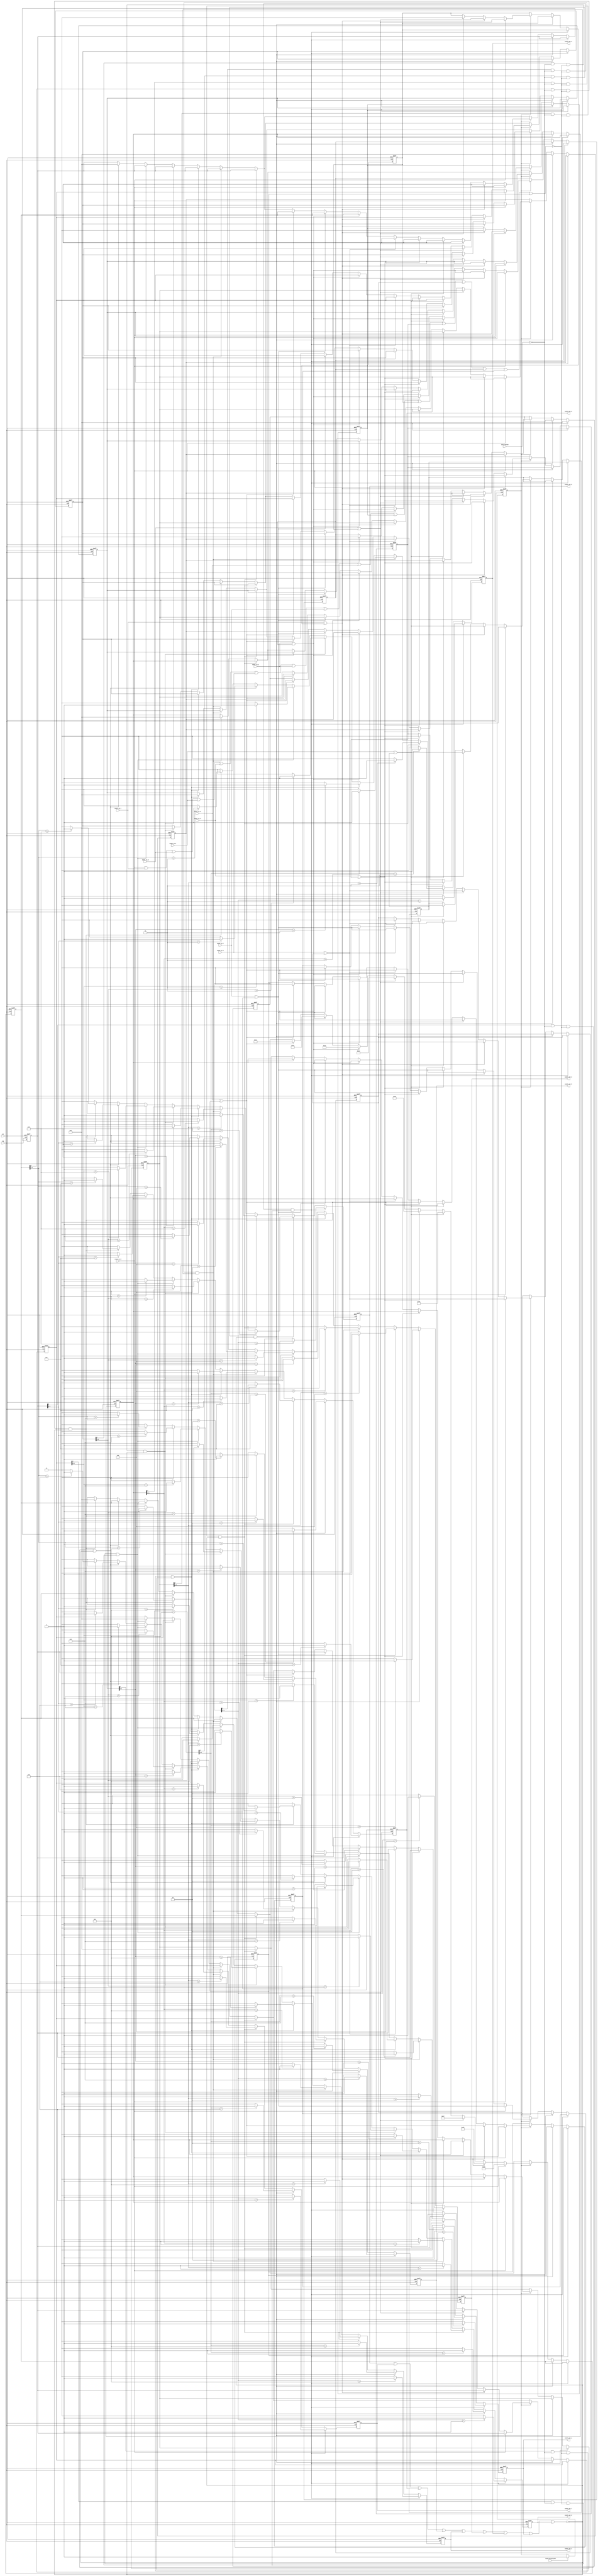
`timescale 1 ps / 1 ps
module arbitor ( 
    input               clk                 , // 156.25M
    input               rst                 , // 
    input               link_initialized    , // 
    input               iotx_tvalid         , // 
    input               event_in_0          , // Lowest priority
    input               event_in_1          , // 
    input               event_in_2          , // 
    input               event_in_3          , // 
    input               event_in_4          , // 
    input               event_in_5          , // 
    input               event_in_6          , // 
    input               event_in_7          , // 
    input               event_in_8          , // Highest priority
    output reg          event_out_0         , // Lowest priority
    output reg          event_out_1         , // 
    output reg          event_out_2         , // 
    output reg          event_out_3         , // 
    output reg          event_out_4         , // 
    output reg          event_out_5         , // 
    output reg          event_out_6         , // 
    output reg          event_out_7         , // 
    output reg          event_out_8           // Highest priority
);
    reg         [04:00] fifo[8:0]           ;
    reg                 evt_flag0           ;
    reg                 evt_flag1           ;
    reg                 evt_flag2           ;
    reg                 evt_flag3           ;
    reg                 evt_flag4           ;
    reg                 evt_flag5           ;
    reg                 evt_flag6           ;
    reg                 evt_flag7           ;

    wire                no_evt_out          ;
    wire                no_evt              ;
    reg         [30:00] cnt_1s              ;
    reg                 ready_dly           ;

    assign no_evt_out = ~(event_out_8|event_out_7|event_out_6|event_out_5|event_out_4|event_out_3|event_out_2|event_out_1|event_out_0);
    assign no_evt     = ~(event_in_8|event_in_7|event_in_6|event_in_5|event_in_4|event_in_3|event_in_2|event_in_1|event_in_0
                         |evt_flag7|evt_flag6|evt_flag4|evt_flag3|evt_flag2|evt_flag1|evt_flag0);
    
    always @(posedge clk or posedge rst ) begin
        if ( rst ) begin
            cnt_1s    <= 0;
            ready_dly <= 0;
        end else begin
            cnt_1s <= 0;
            if(link_initialized) begin
                cnt_1s <= cnt_1s + 1;
                // if(cnt_1s == 156250000 - 1) begin
                    ready_dly <= 1;
                // end
            end
        end
    end 

    always@(posedge clk or posedge rst ) begin
        if(rst ) begin
            fifo[0]   <= 0;
            fifo[1]   <= 0;
            fifo[2]   <= 0;
            fifo[3]   <= 0;
            fifo[4]   <= 0;
            fifo[5]   <= 0;
            fifo[6]   <= 0;
            fifo[7]   <= 0;
            fifo[8]   <= 0;
            evt_flag0 <= 0;
            evt_flag1 <= 0;
            evt_flag2 <= 0;
            evt_flag3 <= 0;
            evt_flag4 <= 0;
            evt_flag5 <= 0;
            evt_flag6 <= 0;
            evt_flag7 <= 0;
            event_out_0  <= 0;
            event_out_1  <= 0;
            event_out_2  <= 0;
            event_out_3  <= 0;
            event_out_4  <= 0;
            event_out_5  <= 0;
            event_out_6  <= 0;
            event_out_7  <= 0;
            event_out_8  <= 0;
        end else begin 
            event_out_0 <= 0;
            event_out_1 <= 0;
            event_out_2 <= 0;
            event_out_3 <= 0;
            event_out_4 <= 0;
            event_out_5 <= 0;
            event_out_6 <= 0;
            event_out_7 <= 0;
            event_out_8 <= 0;
            if(fifo[8][4] == 1 & ~iotx_tvalid & no_evt & no_evt_out ) begin
                fifo[8] <= 0;
                case ( fifo[8][3:0] )
                4'd1: event_out_0 <= 1;
                4'd2: event_out_1 <= 1;
                4'd3: event_out_2 <= 1;
                4'd4: event_out_3 <= 1;
                4'd5: event_out_4 <= 1;
                4'd6: event_out_5 <= 1;
                4'd7: event_out_6 <= 1;
                4'd8: event_out_7 <= 1;
                4'd9: event_out_8 <= 1;
                endcase
            end else begin
                if(fifo[7][4] == 1 & ~iotx_tvalid & no_evt & no_evt_out ) begin
                    fifo[7] <= 0;
                    case ( fifo[7][3:0] )
                        4'd1: event_out_0 <= 1;
                        4'd2: event_out_1 <= 1;
                        4'd3: event_out_2 <= 1;
                        4'd4: event_out_3 <= 1;
                        4'd5: event_out_4 <= 1;
                        4'd6: event_out_5 <= 1;
                        4'd7: event_out_6 <= 1;
                        4'd8: event_out_7 <= 1;
                        4'd9: event_out_8 <= 1;
                    endcase
                end else begin
                    if ( fifo[6][4] == 1 & ~iotx_tvalid & no_evt & no_evt_out ) begin
                        fifo[6] <= 0;
                        case ( fifo[6][3:0] )
                            4'd1: event_out_0 <= 1;
                            4'd2: event_out_1 <= 1;
                            4'd3: event_out_2 <= 1;
                            4'd4: event_out_3 <= 1;
                            4'd5: event_out_4 <= 1;
                            4'd6: event_out_5 <= 1;
                            4'd7: event_out_6 <= 1;
                            4'd8: event_out_7 <= 1;
                            4'd9: event_out_8 <= 1;
                        endcase
                    end else begin 
                        if ( fifo[5][4] == 1 & ~iotx_tvalid & no_evt & no_evt_out ) begin
                            fifo[5] <= 0;
                            case ( fifo[5][3:0] )
                                4'd1: event_out_0 <= 1;
                                4'd2: event_out_1 <= 1;
                                4'd3: event_out_2 <= 1;
                                4'd4: event_out_3 <= 1;
                                4'd5: event_out_4 <= 1;
                                4'd6: event_out_5 <= 1;
                                4'd7: event_out_6 <= 1;
                                4'd8: event_out_7 <= 1;
                                4'd9: event_out_8 <= 1;
                            endcase
                        end else begin
                            if ( fifo[4][4] == 1 & ~iotx_tvalid & no_evt & no_evt_out ) begin
                                fifo[4] <= 0;
                                case ( fifo[4][3:0] )
                                4'd1: event_out_0 <= 1;
                                4'd2: event_out_1 <= 1;
                                4'd3: event_out_2 <= 1;
                                4'd4: event_out_3 <= 1;
                                4'd5: event_out_4 <= 1;
                                4'd6: event_out_5 <= 1;
                                4'd7: event_out_6 <= 1;
                                4'd8: event_out_7 <= 1;
                                4'd9: event_out_8 <= 1;
                                endcase
                            end else begin 
                                if ( fifo[3][4] == 1 & ~iotx_tvalid & no_evt & no_evt_out ) begin
                                    fifo[3] <= 0;
                                    case ( fifo[3][3:0] )
                                    4'd1: event_out_0 <= 1;
                                    4'd2: event_out_1 <= 1;
                                    4'd3: event_out_2 <= 1;
                                    4'd4: event_out_3 <= 1;
                                    4'd5: event_out_4 <= 1;
                                    4'd6: event_out_5 <= 1;
                                    4'd7: event_out_6 <= 1;
                                    4'd8: event_out_7 <= 1;
                                    4'd9: event_out_8 <= 1;
                                    endcase
                                end else begin 
                                    if ( fifo[2][4] == 1 & ~iotx_tvalid & no_evt & no_evt_out) begin
                                        fifo[2] <= 0;
                                        case ( fifo[2][3:0] )
                                        4'd1: event_out_0 <= 1;
                                        4'd2: event_out_1 <= 1;
                                        4'd3: event_out_2 <= 1;
                                        4'd4: event_out_3 <= 1;
                                        4'd5: event_out_4 <= 1;
                                        4'd6: event_out_5 <= 1;
                                        4'd7: event_out_6 <= 1;
                                        4'd8: event_out_7 <= 1;
                                        4'd9: event_out_8 <= 1;
                                        endcase
                                    end else begin 
                                        if ( fifo[1][4] == 1 & ~iotx_tvalid & no_evt & no_evt_out) begin
                                            fifo[1] <= 0;
                                            case ( fifo[1][3:0] )
                                            4'd1: event_out_0 <= 1;
                                            4'd2: event_out_1 <= 1;
                                            4'd3: event_out_2 <= 1;
                                            4'd4: event_out_3 <= 1;
                                            4'd5: event_out_4 <= 1;
                                            4'd6: event_out_5 <= 1;
                                            4'd7: event_out_6 <= 1;
                                            4'd8: event_out_7 <= 1;
                                            4'd9: event_out_8 <= 1;
                                            endcase
                                        end else begin
                                            if ( fifo[0][4] == 1 & ~iotx_tvalid & no_evt & no_evt_out) begin
                                                fifo[0] <= 0;
                                                case ( fifo[0][3:0] )
                                                4'd1: event_out_0 <= 1;
                                                4'd2: event_out_1 <= 1;
                                                4'd3: event_out_2 <= 1;
                                                4'd4: event_out_3 <= 1;
                                                4'd5: event_out_4 <= 1;
                                                4'd6: event_out_5 <= 1;
                                                4'd7: event_out_6 <= 1;
                                                4'd8: event_out_7 <= 1;
                                                4'd9: event_out_8 <= 1;
                                                endcase
                                            end
                                        end
                                    end
                                end
                            end
                        end
                    end
                    //
                    if (ready_dly)
                    begin
                        if ( event_in_0|evt_flag0 )
                        begin
                            fifo[0] <= {1'b1,4'd1};
                            fifo[1] <= fifo[0];
                            fifo[2] <= fifo[1];
                            fifo[3] <= fifo[2];
                            fifo[4] <= fifo[3];
                            fifo[5] <= fifo[4];
                            fifo[6] <= fifo[5];
                            fifo[7] <= fifo[6];
                            fifo[8] <= fifo[7];
                            evt_flag0 <= 0;
                        end
                        if ( event_in_1|evt_flag1 )
                        begin
                            evt_flag0 <= event_in_0|evt_flag0;
                            fifo[0] <= {1'b1,4'd2};
                            fifo[1] <= fifo[0];
                            fifo[2] <= fifo[1];
                            fifo[3] <= fifo[2];
                            fifo[4] <= fifo[3];
                            fifo[5] <= fifo[4];
                            fifo[6] <= fifo[5];
                            fifo[7] <= fifo[6];
                            fifo[8] <= fifo[7];
                            evt_flag1 <= 0;
                        end
                        if ( event_in_2|evt_flag2 )
                        begin
                            evt_flag1 <= event_in_1|evt_flag1;
                            evt_flag0 <= event_in_0|evt_flag0;
                            fifo[0] <= {1'b1,4'd3};
                            fifo[1] <= fifo[0];
                            fifo[2] <= fifo[1];
                            fifo[3] <= fifo[2];
                            fifo[4] <= fifo[3];
                            fifo[5] <= fifo[4];
                            fifo[6] <= fifo[5];
                            fifo[7] <= fifo[6];
                            fifo[8] <= fifo[7];
                            evt_flag2 <= 0;
                        end
                        if ( event_in_3|evt_flag3 )
                        begin
                            evt_flag2 <= event_in_2|evt_flag2;
                            evt_flag1 <= event_in_1|evt_flag1;
                            evt_flag0 <= event_in_0|evt_flag0;
                            fifo[0] <= {1'b1,4'd4};
                            fifo[1] <= fifo[0];
                            fifo[2] <= fifo[1];
                            fifo[3] <= fifo[2];
                            fifo[4] <= fifo[3];
                            fifo[5] <= fifo[4];
                            fifo[6] <= fifo[5];
                            fifo[7] <= fifo[6];
                            fifo[8] <= fifo[7];
                            evt_flag3 <= 0;
                        end
                        if ( event_in_4|evt_flag4 )
                        begin
                            evt_flag3 <= event_in_3|evt_flag3;
                            evt_flag2 <= event_in_2|evt_flag2;
                            evt_flag1 <= event_in_1|evt_flag1;
                            evt_flag0 <= event_in_0|evt_flag0;
                            fifo[0] <= {1'b1,4'd5};
                            fifo[1] <= fifo[0];
                            fifo[2] <= fifo[1];
                            fifo[3] <= fifo[2];
                            fifo[4] <= fifo[3];
                            fifo[5] <= fifo[4];
                            fifo[6] <= fifo[5];
                            fifo[7] <= fifo[6];
                            fifo[8] <= fifo[7];
                            evt_flag4 <= 0;
                        end
                        if ( event_in_5|evt_flag5 ) begin
                            evt_flag4 <= event_in_4|evt_flag4;
                            evt_flag3 <= event_in_3|evt_flag3;
                            evt_flag2 <= event_in_2|evt_flag2;
                            evt_flag1 <= event_in_1|evt_flag1;
                            evt_flag0 <= event_in_0|evt_flag0;
                            fifo[0] <= {1'b1,4'd6};
                            fifo[1] <= fifo[0];
                            fifo[2] <= fifo[1];
                            fifo[3] <= fifo[2];
                            fifo[4] <= fifo[3];
                            fifo[5] <= fifo[4];
                            fifo[6] <= fifo[5];
                            fifo[7] <= fifo[6];
                            fifo[8] <= fifo[7];
                            evt_flag5 <= 0;
                        end
                        if ( event_in_6|evt_flag6 ) begin
                            evt_flag5 <= event_in_5|evt_flag5;
                            evt_flag4 <= event_in_4|evt_flag4;
                            evt_flag3 <= event_in_3|evt_flag3;
                            evt_flag2 <= event_in_2|evt_flag2;
                            evt_flag1 <= event_in_1|evt_flag1;
                            evt_flag0 <= event_in_0|evt_flag0;
                            fifo[0] <= {1'b1,4'd7};
                            fifo[1] <= fifo[0];
                            fifo[2] <= fifo[1];
                            fifo[3] <= fifo[2];
                            fifo[4] <= fifo[3];
                            fifo[5] <= fifo[4];
                            fifo[6] <= fifo[5];
                            fifo[7] <= fifo[6];
                            fifo[8] <= fifo[7];
                            evt_flag6 <= 0;
                        end
                        if ( event_in_7|evt_flag7 ) begin
                            evt_flag6 <= event_in_6|evt_flag6;
                            evt_flag5 <= event_in_5|evt_flag5;
                            evt_flag4 <= event_in_4|evt_flag4;
                            evt_flag3 <= event_in_3|evt_flag3;
                            evt_flag2 <= event_in_2|evt_flag2;
                            evt_flag1 <= event_in_1|evt_flag1;
                            evt_flag0 <= event_in_0|evt_flag0;
                            fifo[0] <= {1'b1,4'd8};
                            fifo[1] <= fifo[0];
                            fifo[2] <= fifo[1];
                            fifo[3] <= fifo[2];
                            fifo[4] <= fifo[3];
                            fifo[5] <= fifo[4];
                            fifo[6] <= fifo[5];
                            fifo[7] <= fifo[6];
                            fifo[8] <= fifo[7];
                            evt_flag7 <= 0;
                        end
                        if(event_in_8) begin
                            evt_flag7 <= event_in_7|evt_flag7;
                            evt_flag6 <= event_in_6|evt_flag6;
                            evt_flag5 <= event_in_5|evt_flag5;
                            evt_flag4 <= event_in_4|evt_flag4;
                            evt_flag3 <= event_in_3|evt_flag3;
                            evt_flag2 <= event_in_2|evt_flag2;
                            evt_flag1 <= event_in_1|evt_flag1;
                            evt_flag0 <= event_in_0|evt_flag0;
                            fifo[0] <= {1'b1,4'd9};
                            fifo[1] <= fifo[0];
                            fifo[2] <= fifo[1];
                            fifo[3] <= fifo[2];
                            fifo[4] <= fifo[3];
                            fifo[5] <= fifo[4];
                            fifo[6] <= fifo[5];
                            fifo[7] <= fifo[6];
                            fifo[8] <= fifo[7];
                        end
                    end
                end
            end
        end
    end

endmodule